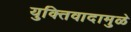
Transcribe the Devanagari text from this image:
युक्तिवादामुळे